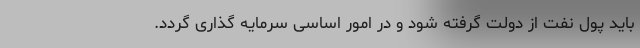
باید پول نفت از دولت گرفته شود و در امور اساسی سرمایه گذاری گردد.